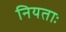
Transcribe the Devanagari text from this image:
नियताः